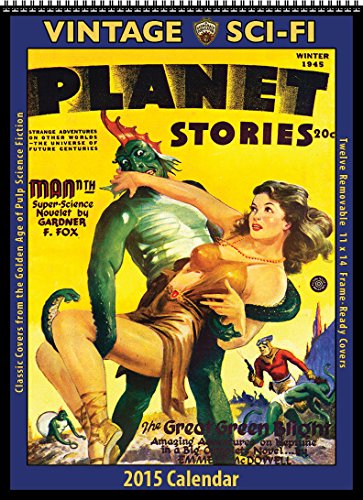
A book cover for Sci-Fi 2015 Vintage Calendar; Asgard Press; Calendars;